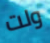
ولت